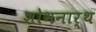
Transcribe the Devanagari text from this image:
शोभनार्थ